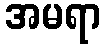
အမရာ